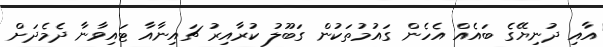
އާއި ދުނިޔޭގެ ބައެއް އެހެން ގައުމުތަކުން ގަބޫލު ކުރާއިރު ޗައިނާއާ ޓައިވާނާ ދެމެދަށް